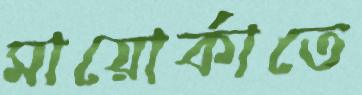
মায়োর্কাতে